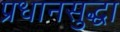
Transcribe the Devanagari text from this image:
प्रधानसुद्धा